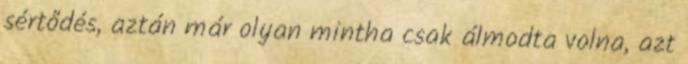
sértődés, aztán már olyan mintha csak álmodta volna, azt